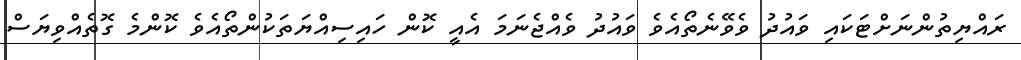
ރައްޔިތުންނަށްޓަކައި ވައުދު ވެވޭނެތޯއެވެ ވައުދު ވެއްޖެނަމަ އެއީ ކޮން ހައިސިއްޔަތަކުންތޯއެވެ ކޮންމެ ގޮތެއްވިޔަސް